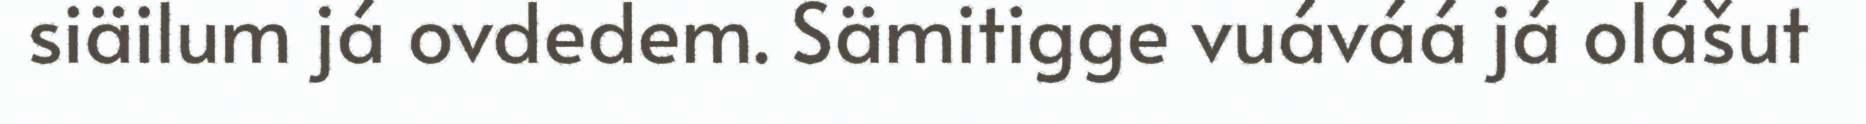
siäilum já ovdedem. Sämitigge vuáváá já olášut